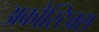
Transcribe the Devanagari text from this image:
अकौस्टिक्स